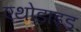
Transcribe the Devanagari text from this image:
एथोडाइड